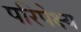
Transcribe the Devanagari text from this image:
परिपेक्ष्‍य